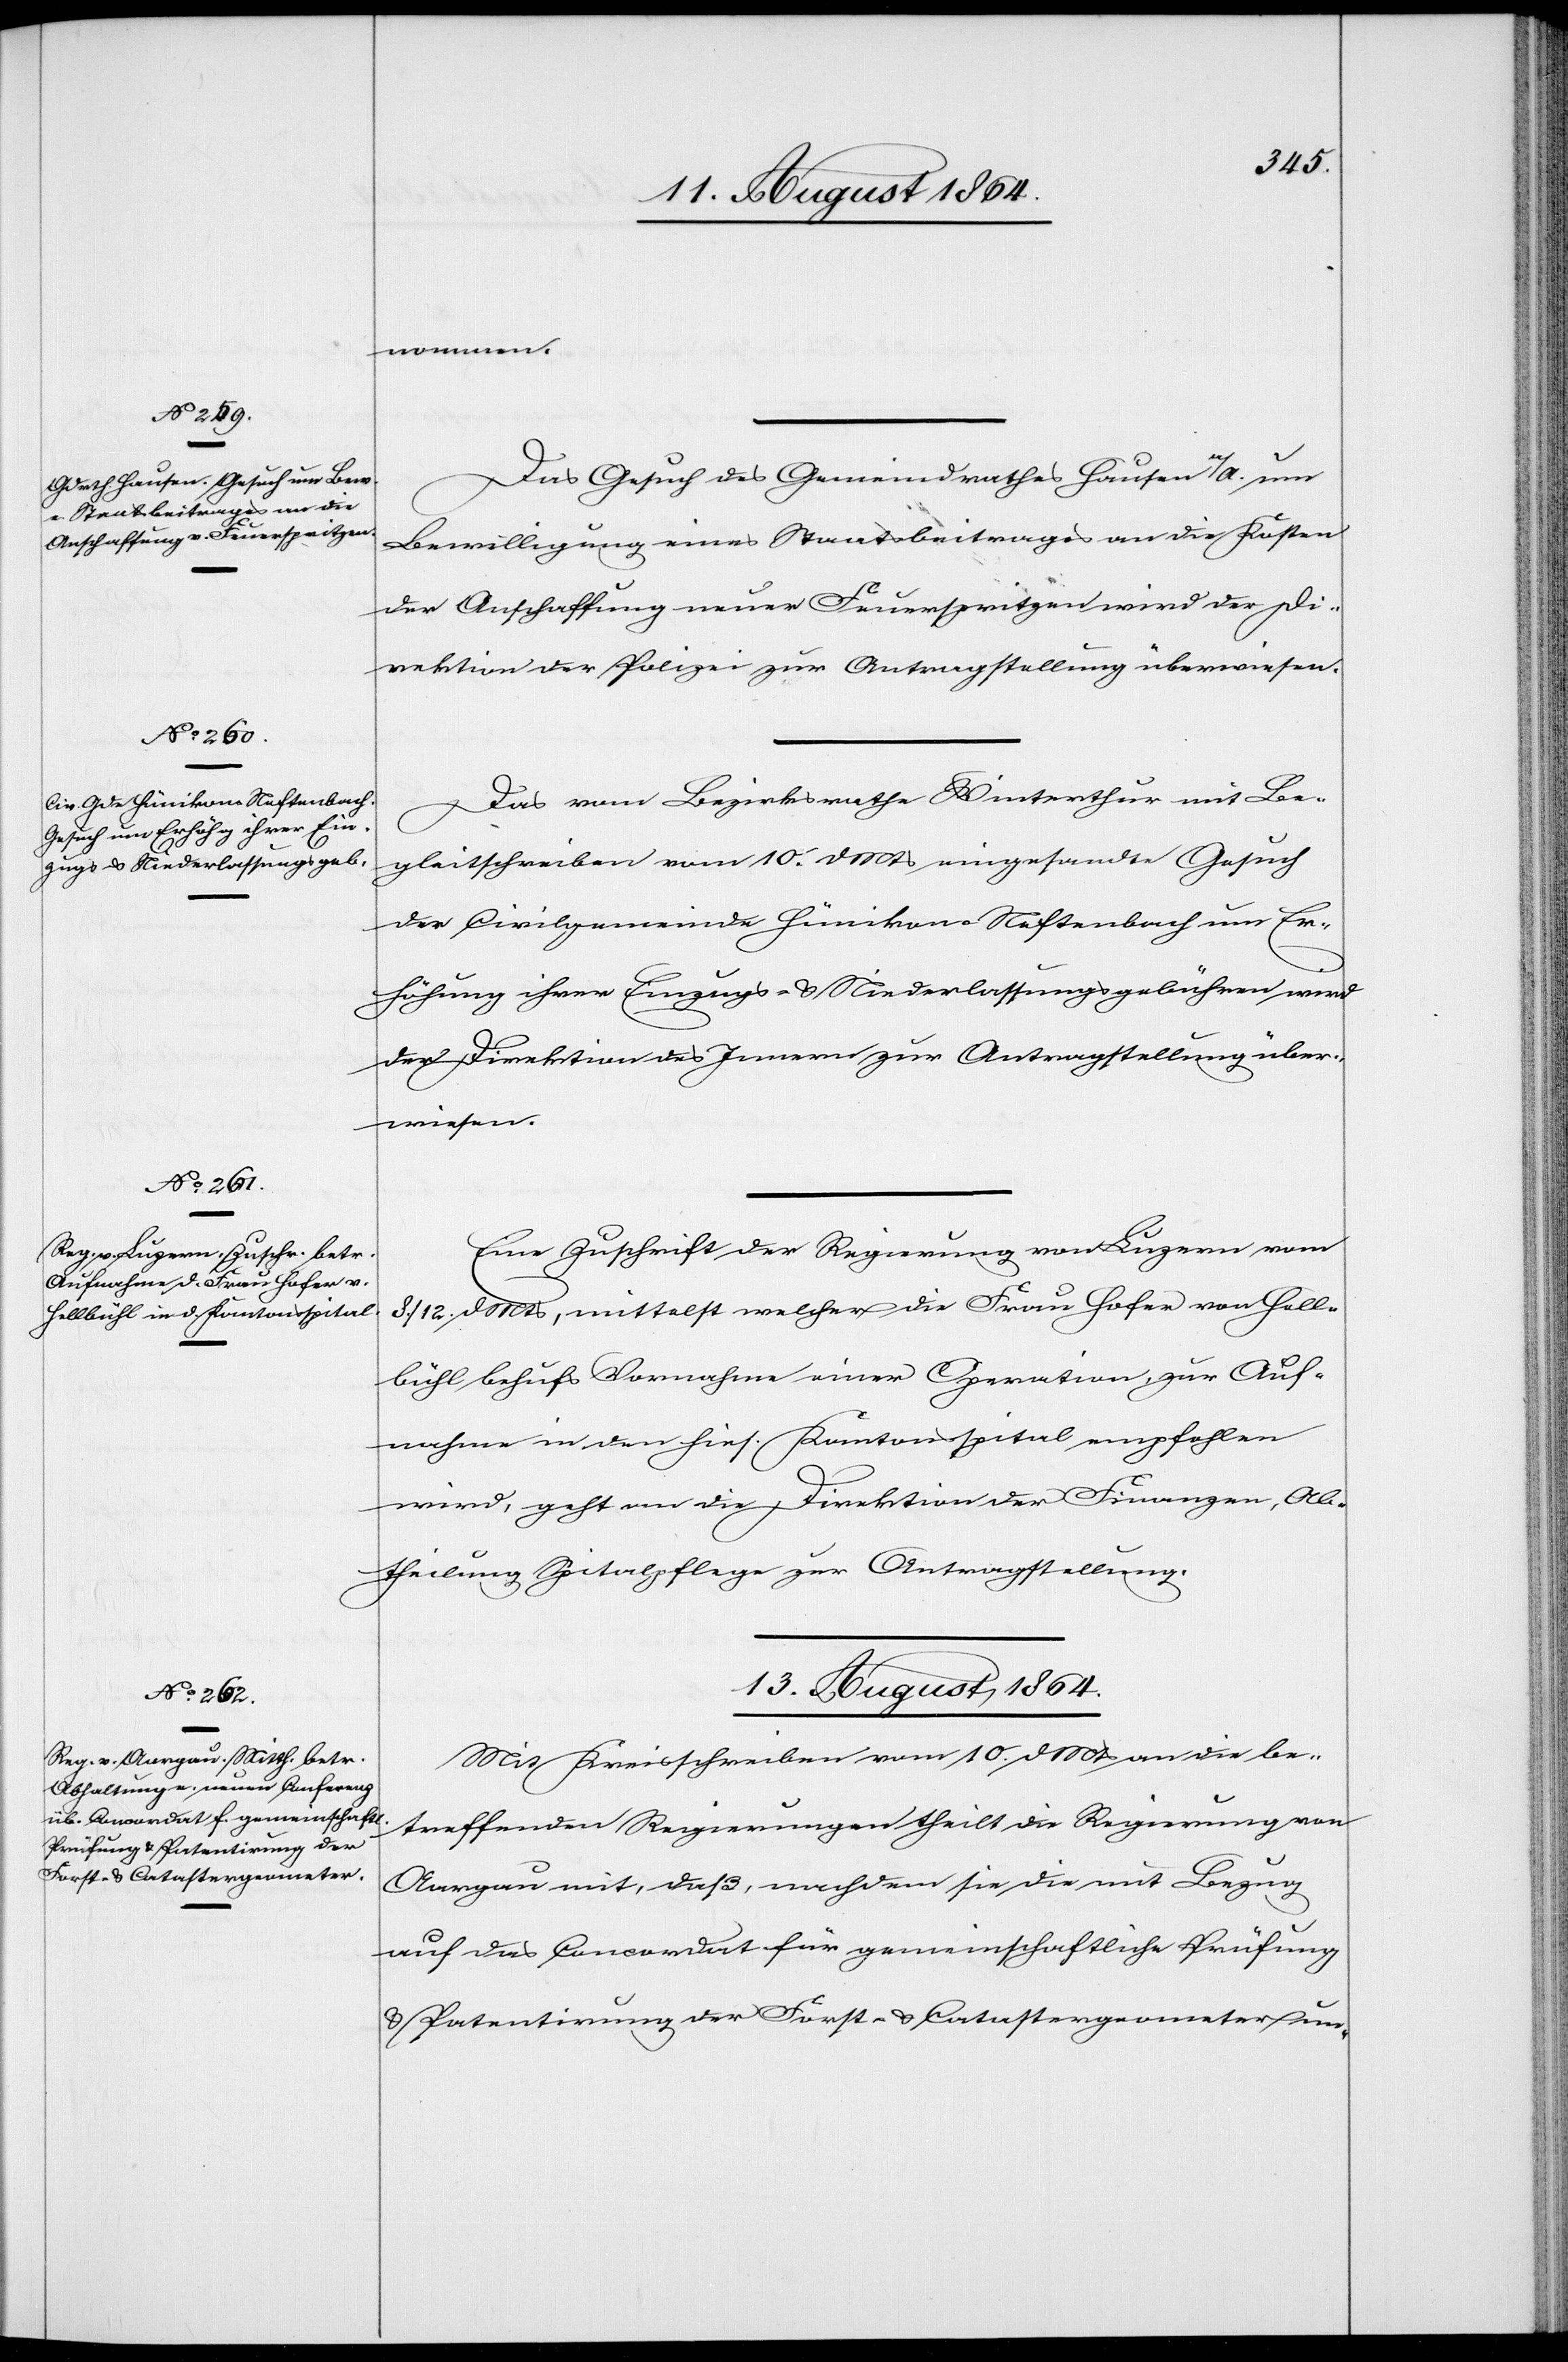
12. August 1864.]
nommen.
Das Gesuch des Gemeindrathes Hausen um
Bewilligung eines Staatsbeitrages an die Kosten
der Anschaffung neuer Feuerspritzen wird der Di¬
rektion der Polizei zur Antragstellung überwiesen.
Das vom Bezirksrathe Winterthur mit Be¬
gleitschreiben vom 10. d. Mts. eingesandte Gesuch
der Civilgemeinde Hünikon-Neftenbach um Er¬
höhung ihrer Einzugs- & Niederlassungsgebühren wird
der Direktion des Innern zur Antragstellung über¬
wiesen.
Eine Zuschrift der Regierung von Luzern vom
8./12. d. Mts., mittelst welcher die Frau Hofer von Hell¬
bühl behufs Vornahme einer Operation zur Auf¬
nahme in den hies. Kantonsspital empfohlen
wird, geht an die Direktion der Finanzen, Ab¬
theilung Spitalpflege zur Antragstellung.
13. August 1864.
Mit Kreisschreiben vom 10. d. Mts. an die be¬
treffenden Regierungen theilt die Regierung von
Aargau mit, daß, nachdem sie die mit Bezug
auf das Concordat für gemeinschaftliche Prüfung
& Patentierung der Forst- & Catastergeometer un-